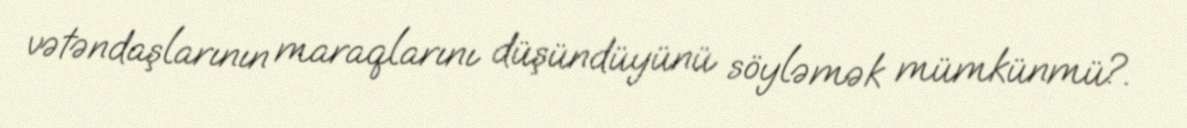
vətəndaşlarının maraqlarını düşündüyünü söyləmək mümkünmü?.